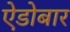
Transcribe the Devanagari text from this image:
ऐडोबार